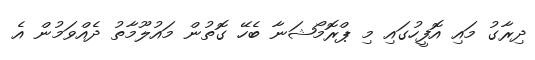
ދިރާގު މައި އޮފީހުގައި މި ޕްރޮމޯޝަނާ ބެހޭ ގޮތުން މައުލޫމާތު ދެއްވަމުން އެ